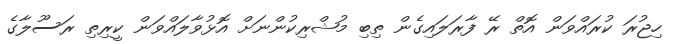
ހިޖުރަ ކުރައްވަން އޮތް ރޭ ފާރަލައިގެން ތިބި މުޝްރިކުންނަށް އޮޅުވާލައްވަން ކީރިތި ރަސޫލާގެ